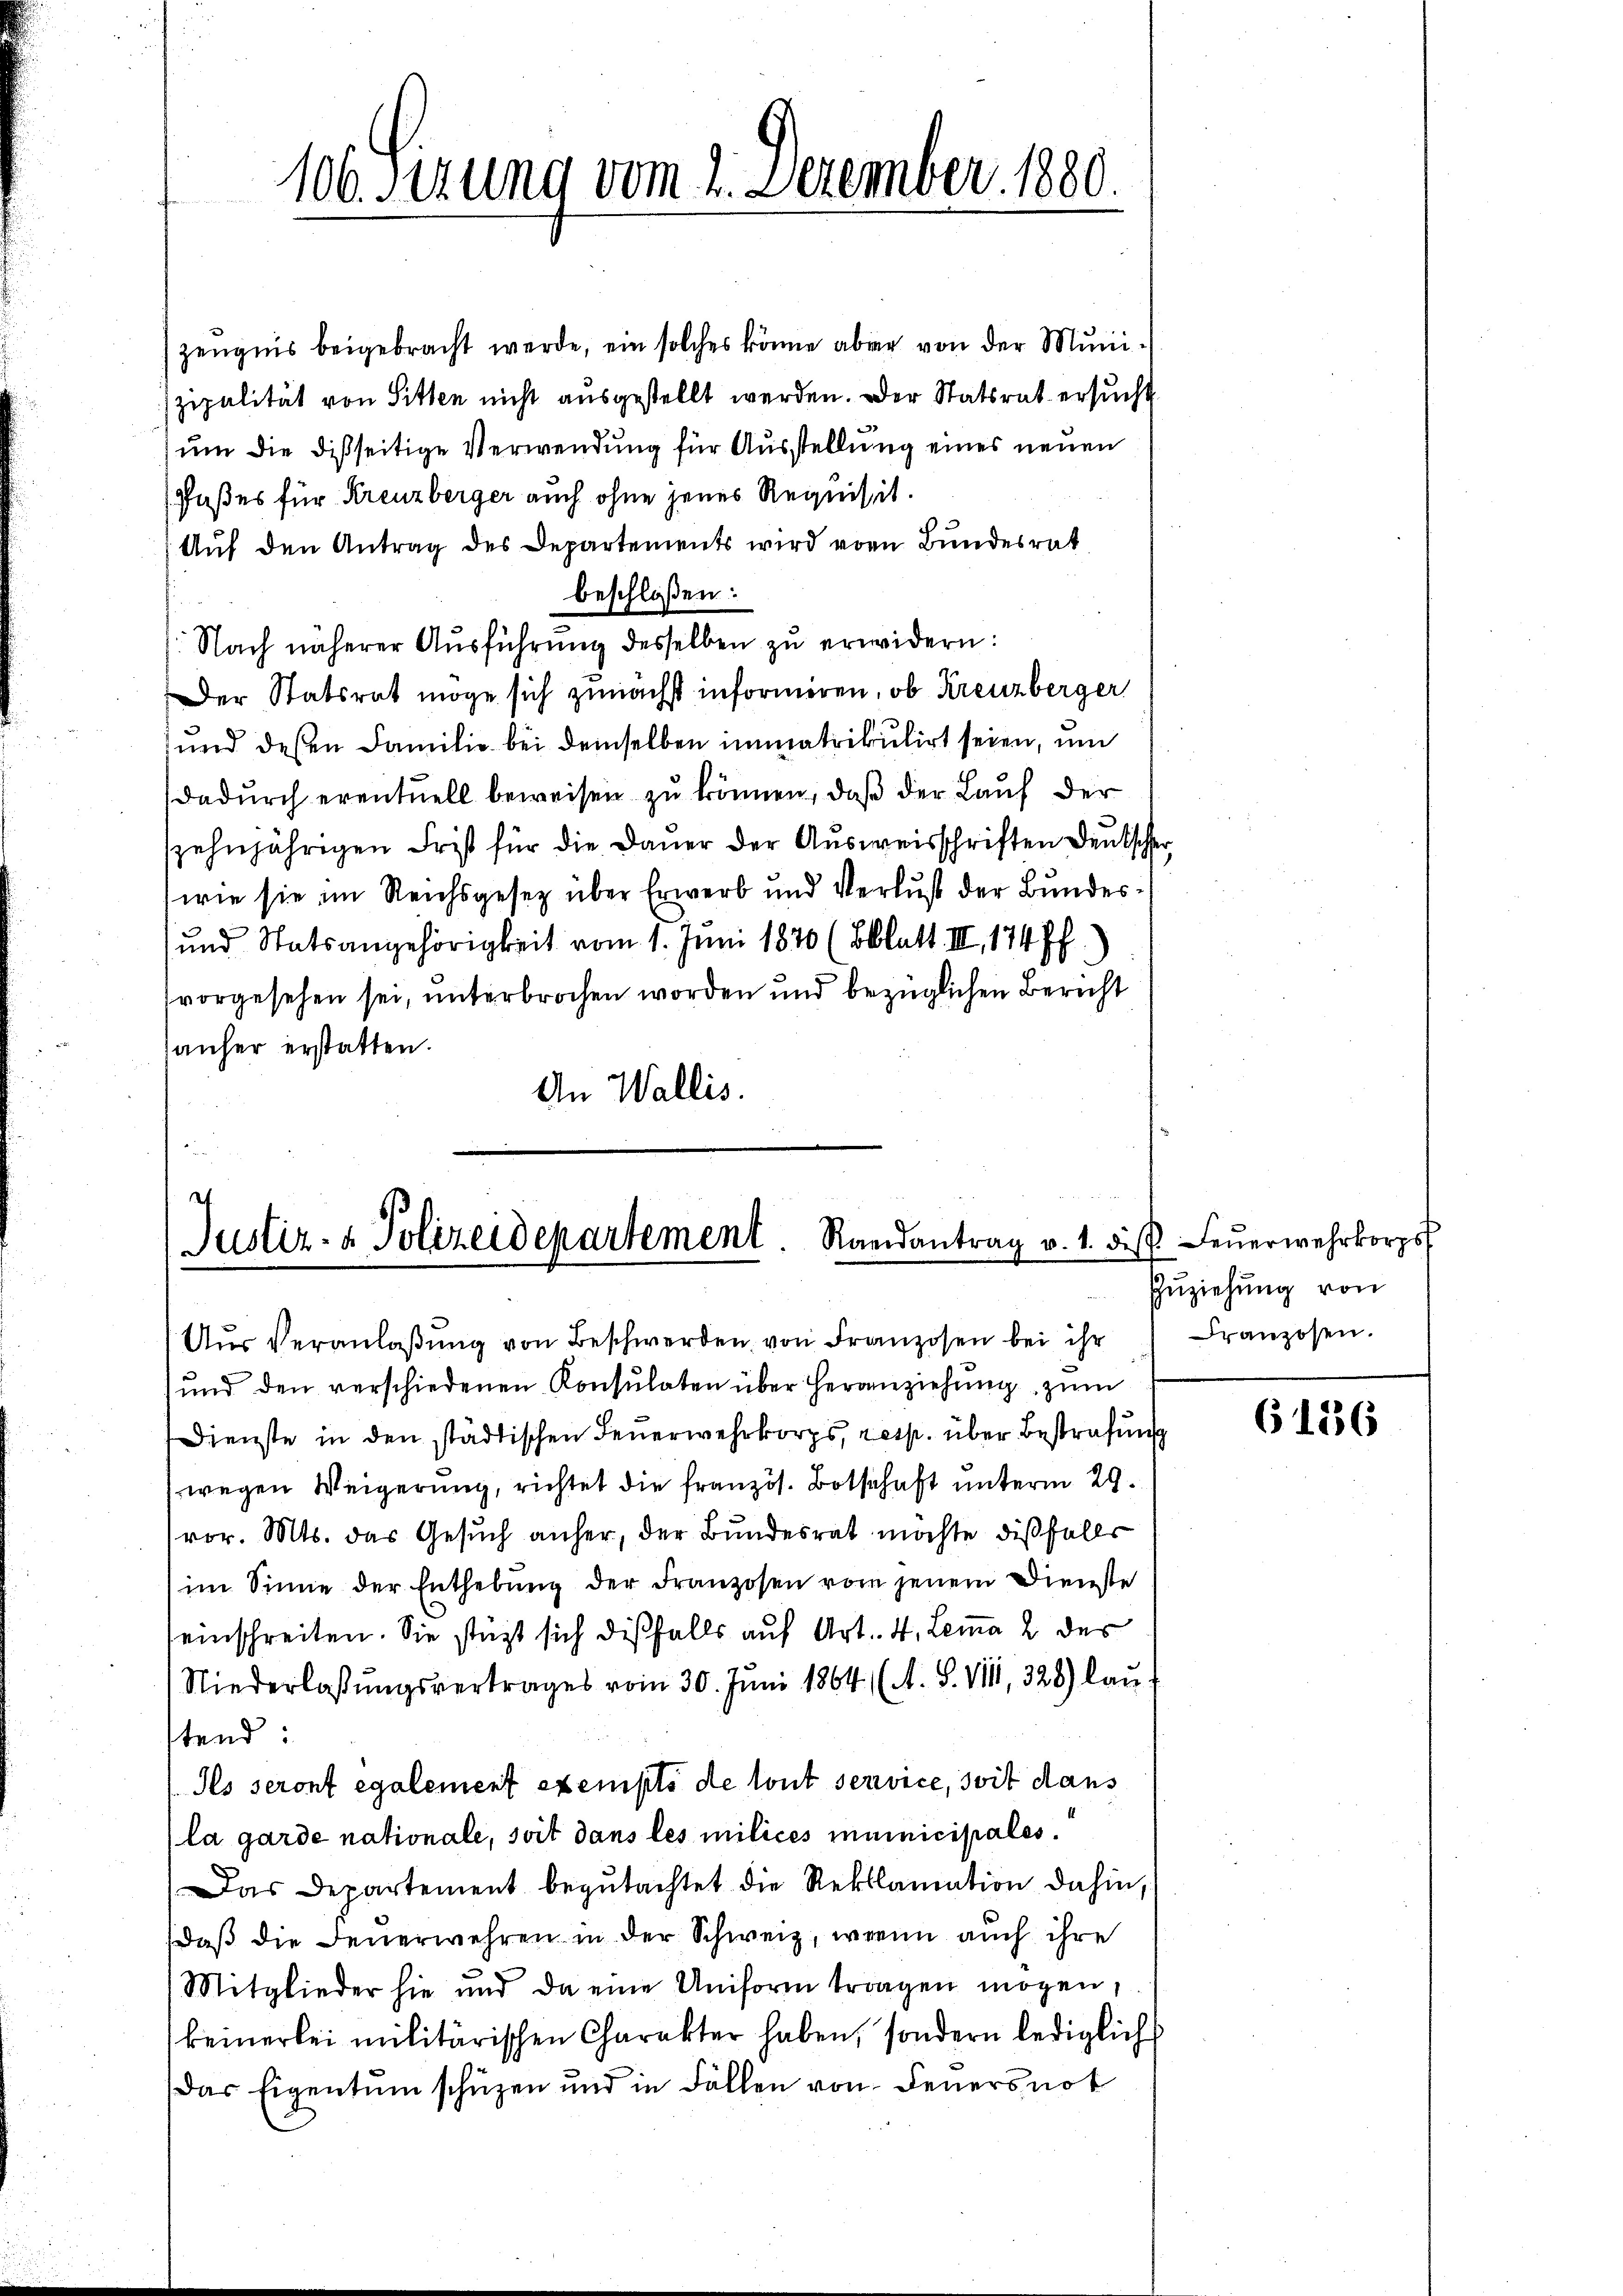
106. Sizung vom 2. Dezember 1880.

Zeugnis beigebracht werde, ein solches könne aber von der Munizipalität von Sitten nicht ausgestellt werden. Der Statsrat ersucht
um die dießseitige Verwendung für Ausstellung eines neuen
Paßes für Kreuzberger auch ohne jenes Requisit.
Auf den Antrag des Departements wird von Bundesrat
beschloßen:
Nach näherer Aŭsführŭng desselben zu erwidern:
Der Statsrat möge sich zunächst informiren, ob Kreuzberger
und deßen Familie bei demselben immatrikulirt seien, um
dadurch eventuell beweisen zu können, daß der Lauf der
szehnjährigen Frist für die Dauer der Ausweisschriften Deutscher
wie sie im Reichsgesetz über Erwerb und Verlust der Bundes¬
(und Statsangehörigkeit vom 1. Juni 1870 (Blatt III 174 ff.
vorgesehen sei, unterbrochen worden und bezüglichen Bericht
anher erstatten.
An Wallis.

c
Justiz- & Polizeidepartement. Randantrag v. 1. diβ Feŭerwehrkorps

und den verschiedenen Konsulaten über Heranziehung zum
Dienste in den städtischen Feŭerwehrkorps, resp. über Bestrafung
(wegen Weigerung, richtet die französ. Botschaft unterm 29.
vor. Mts. das Gesuch anher, der Bundesrat möchte dißfalls
im Sinne der Enthebŭng der Franzosen vom jenem Dienste
seinschreiten. Sie stützt sich dießfalls auf Art. 4, Lemma 2 des
Niederlassungsvertrages vom 30. Juni 1864 (A. S. VIII, 328) lau-
tend:
Ils seront également exempts de tout service, soit dans
la garde nationale, soit dans les milices municipales.
Das Departement begŭtachtet die Reklamation dahin,
daß die Feuerwehren in der Schweiz, wenn auch ihre
Mitglieder hie und da eine Uniform tragen mögen,
keinerlei militärischen Charakter haben, sondern lediglich
Das Eigentum schüzen und in Fällen von Feuersnot

Aŭr Veranlaβŭng von Beschwerden von Franzosen bei ihr

Zuziehung von
Franzosen.

6136